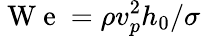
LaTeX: \mathrm{~W~e~}=\rho v_{p}^{2}h_{0}/\sigma